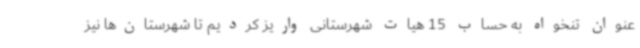
عنوان تنخواه به حساب 15 هیات شهرستانی واریز کردیم تا شهرستان‌ها نیز